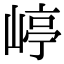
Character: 嵉